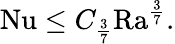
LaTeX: \begin{array}{r}{\mathrm{{Nu}}\leq C_{\frac{3}{7}}\mathrm{{Ra}}^{\frac{3}{7}}.}\end{array}